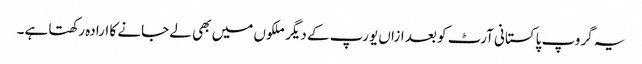
یہ گروپ پاکستانی آرٹ کو بعد ازاں یورپ کے دیگر ملکوں میں بھی لے جانے کا ارادہ رکھتا ہے۔